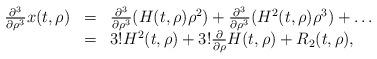
LaTeX: \begin{align*}\begin{array}{rcl}\frac{\partial^3}{\partial \rho^3}x(t,\rho)&=&\frac{\partial^3}{\partial \rho^3}(H(t,\rho)\rho^2) + \frac{\partial^3}{\partial \rho^3}(H^2(t,\rho)\rho^3) + \dots\\&=& 3!H^2(t,\rho) + 3!\frac{\partial}{\partial \rho}H(t,\rho) + R_2(t,\rho),\end{array}\end{align*}